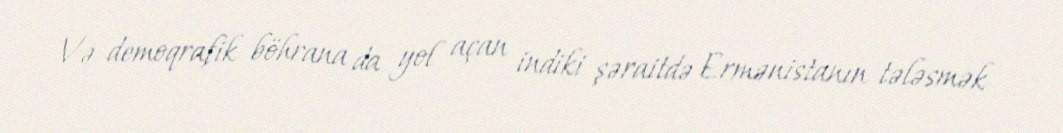
Və demoqrafik böhrana da yol açan indiki şəraitdə Ermənistanın tələsmək